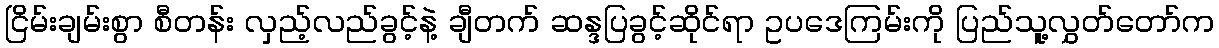
ငြိမ်းချမ်းစွာ စီတန်း လှည့်လည်ခွင့်နဲ့ ချီတက် ဆန္ဒပြခွင့်ဆိုင်ရာ ဥပဒေကြမ်းကို ပြည်သူ့လွှတ်တော်က